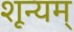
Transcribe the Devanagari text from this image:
शून्यम्